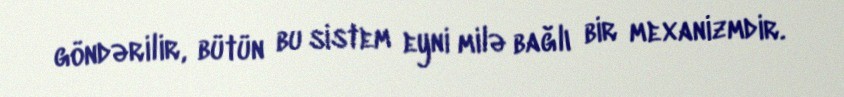
göndərilir, bütün bu sistem eyni milə bağlı bir mexanizmdir.